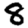
Digit: 8